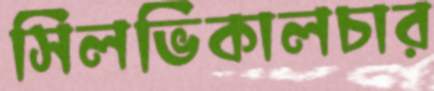
সিলভিকালচার